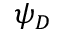
\psi _ { D }